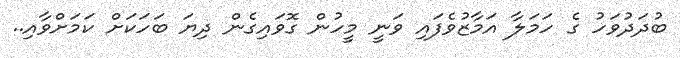
ބުދަދުވަހު ގެ ހަމަލާ އަމާޒުވެފައި ވަނީ މީހުން ގޮވައިގެން ދިޔަ ބަހަަކަށް ކަމަށްވާއި..